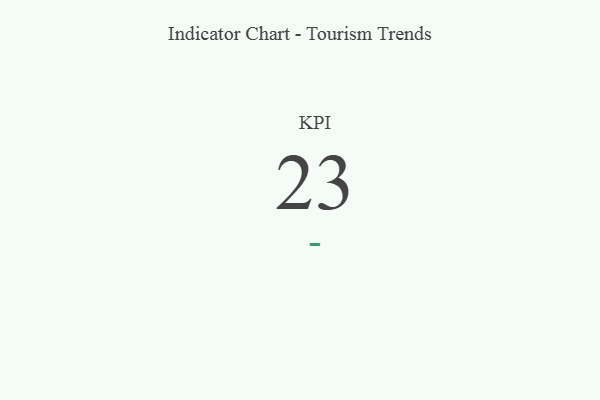
{"axis": {"x": "KPI", "y": "Value"}, "legend": [""], "data": [{"x": "KPI", "y": 23, "type": ""}]}